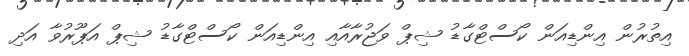
އިތުރުން އިންޑިއަން ކޯސްޓްގާޑު ޝިޕް ވަޖުރާއާއި އިންޑިއަން ކޯސްޓްގާޑު ޝިޕް އަޕޫރުވާ އަދި